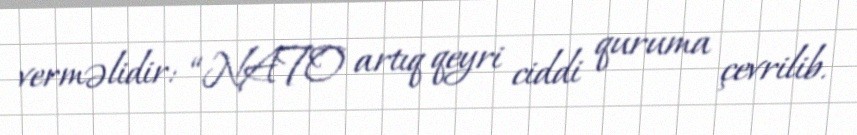
verməlidir: “NATO artıq qeyri ciddi quruma çevrilib.